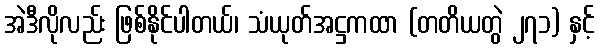
အဲဒီလိုလည်း ဖြစ်နိုင်ပါတယ်၊ သံယုတ်အဋ္ဌကထာ (တတိယတွဲ ၂၇၁) နှင့်